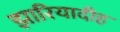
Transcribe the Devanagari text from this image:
झारियादीह